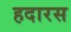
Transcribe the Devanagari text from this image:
हदारस